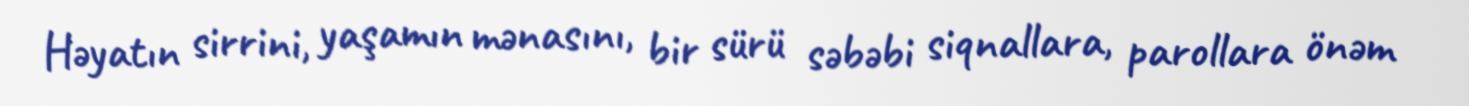
Həyatın sirrini, yaşamın mənasını, bir sürü səbəbi siqnallara, parollara önəm